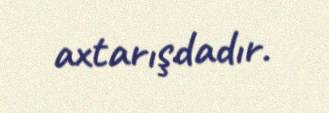
axtarışdadır.